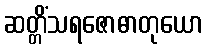
ဆတ္တိံသရဇောဓာတုယော